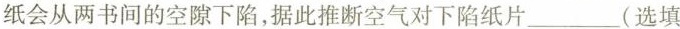
纸会从两书间的空隙下陷，据此推断空气对下陷纸片___(选填